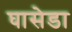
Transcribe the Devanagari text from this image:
घासेडा